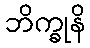
ဘိက္ခုနိ